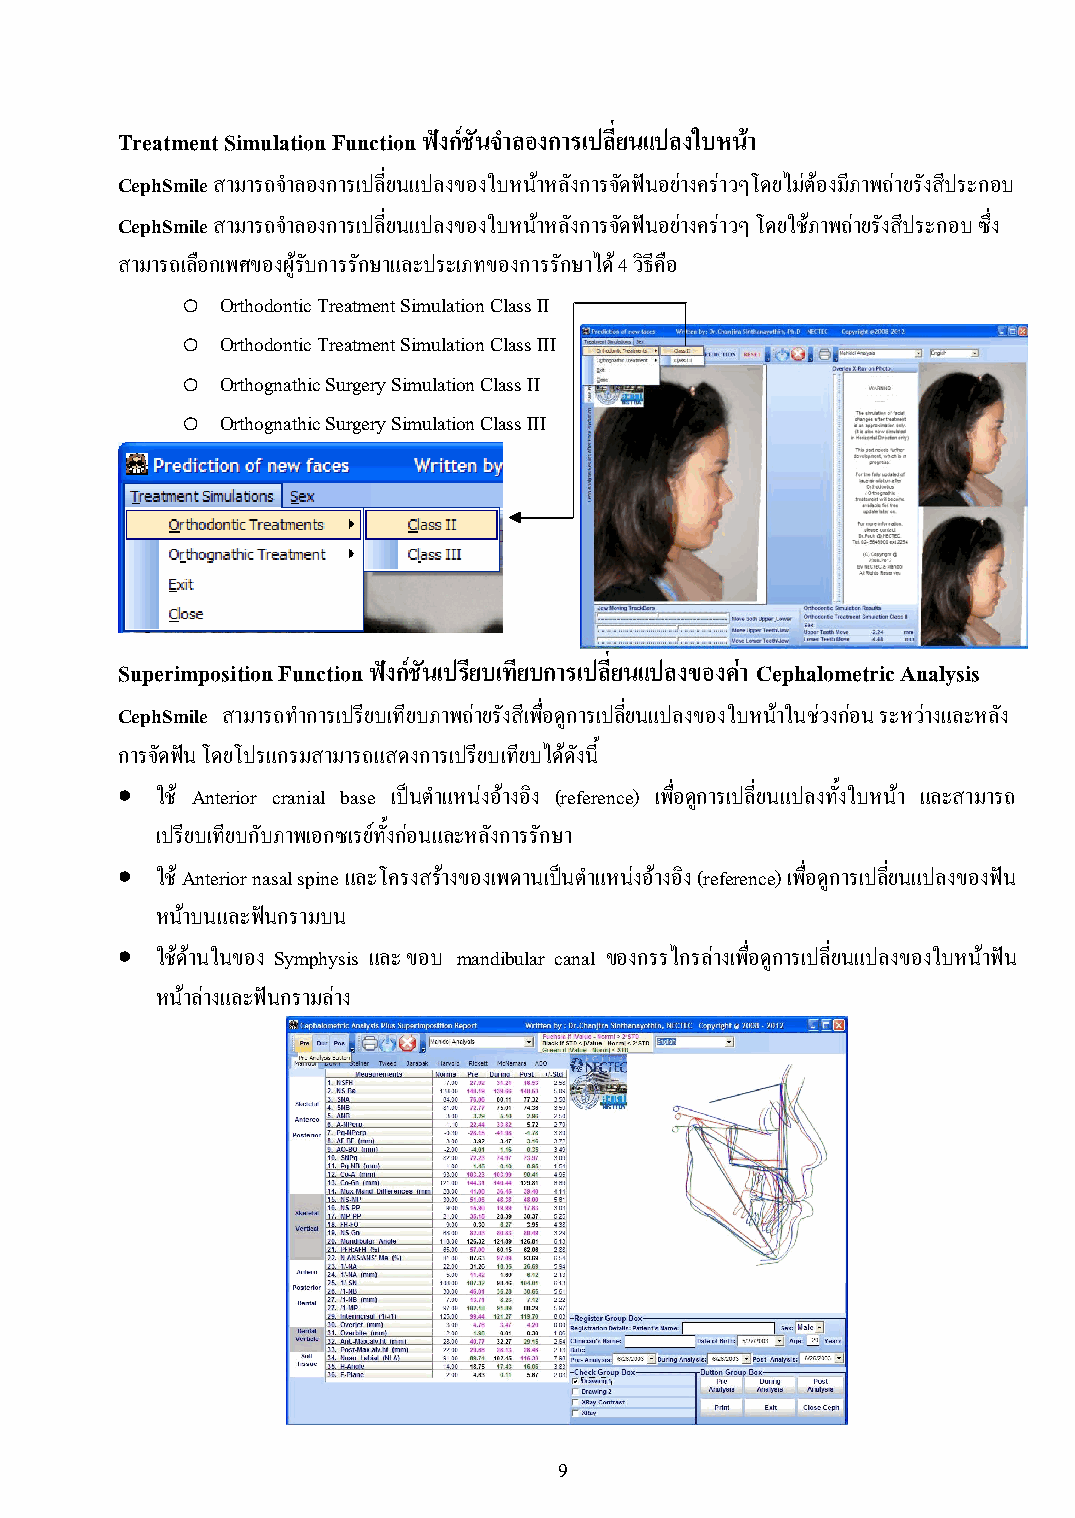
Treatment Simulation Function ฟังก์ชันจ าลองการเปลี่ยนแปลงใบหน้า
 CephSmile สามารถจ าลองการเปลี่ยนแปลงของใบหน้าหลังการจัดฟันอย่างคร่าวๆโดยไม่ต้องมีภาพถ่ายรังสีประกอบ
 CephSmile สามารถจ าลองการเปลี่ยนแปลงของใบหน้าหลังการจัดฟันอย่างคร่าวๆ โดยใช้ภาพถ่ายรังสีประกอบ ซึ่ง
 สามารถเลือกเพศของผู้รับการรักษาและประเภทของการรักษาได้ 4 วิธีคือ
 o  Orthodontic Treatment Simulation Class II
 o  Orthodontic Treatment Simulation Class III
 o  Orthognathic Surgery Simulation Class II
 o  Orthognathic Surgery Simulation Class III
 Superimposition Function ฟังก์ชันเปรียบเทียบการเปลี่ยนแปลงของค่า Cephalometric Analysis
 CephSmile สามารถท าการเปรียบเทียบภาพถ่ายรังสีเพื่อดูการเปลี่ยนแปลงของใบหน้าในช่วงก่อน ระหว่างและหลัง
 การจัดฟัน โดยโปรแกรมสามารถแสดงการเปรียบเทียบได้ดังนี้
  ใช้ Anterior cranial base เป็นต าแหน่งอ้างอิง (reference) เพื่อดูการเปลี่ยนแปลงทั้งใบหน้า และสามารถ
 เปรียบเทียบกับภาพเอกซเรย์ทั้งก่อนและหลังการรักษา
  ใช้ Anterior nasal spine และโครงสร้างของเพดานเป็นต าแหน่งอ้างอิง (reference) เพื่อดูการเปลี่ยนแปลงของฟัน
 หน้าบนและฟันกรามบน
  ใช้ด้านในของ Symphysis และ ขอบ mandibular canal ของกรรไกรล่างเพื่อดูการเปลี่ยนแปลงของใบหน้าฟัน
 หน้าล่างและฟันกรามล่าง
 9